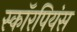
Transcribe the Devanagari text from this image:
स्कॉरपियंस